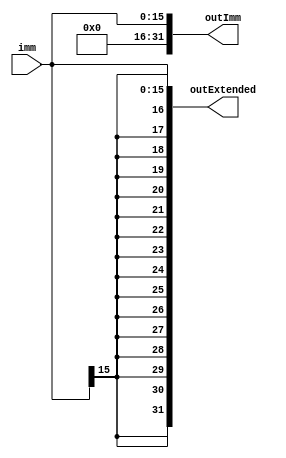
//Grupo: Ru-Rural
//integrantes: 
//Pedro Henrique
//Everton da Silva
//Ricardo Pompilio

//extensor de sinal com duas saidas, o imediato com o sinal extendido e o imediato extendido apenas com zeros
module dual_out_sign_extend (
    imm, outExtended, outImm
);

input wire [15:0] imm;
output reg [31:0] outExtended;
output reg [31:0] outImm;

always @(*) begin
    outExtended <= {{16{imm[15]}}, imm};
	 outImm <= {16'b0, imm};
end

endmodule